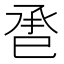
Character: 𢀾